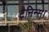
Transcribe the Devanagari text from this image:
टैनिन्स।